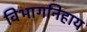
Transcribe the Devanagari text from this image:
विभागनिहाय